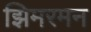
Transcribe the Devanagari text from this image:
झिमरमन